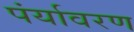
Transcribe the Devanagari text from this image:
पंर्यावरण